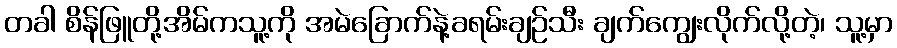
တခါ စိန်ဖြူတို့အိမ်ကသူ့ကို အမဲခြောက်နဲ့ခရမ်းချဉ်သီး ချက်ကျွေးလိုက်လို့တဲ့၊ သူ့မှာ